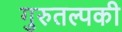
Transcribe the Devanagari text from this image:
गुरुतल्पकी